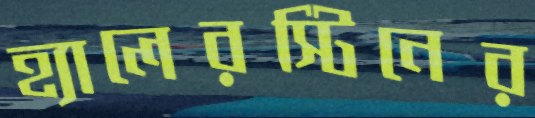
হ্যালেরস্টিনের